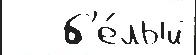
   б'е́лый